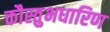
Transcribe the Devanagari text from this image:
कौस्तुभधारिण